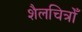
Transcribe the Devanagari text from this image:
शैलचित्रोँ